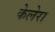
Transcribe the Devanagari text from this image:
केलेरा